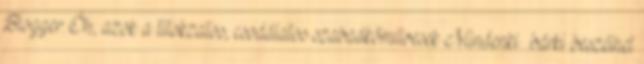
Blogger. Óh, azok a titokzatos, csodálatos szabadkőművesek Mindenki bárki beszélhet